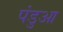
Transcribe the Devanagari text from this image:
पंडुआ